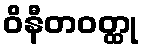
ဝိနီတဝတ္ထု